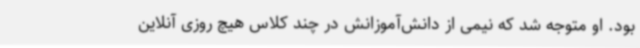
بود. او متوجه شد که نیمی از دانش‌آموزانش در چند کلاس هیچ روزی آنلاین